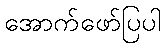
အောက်ဖော်ပြပါ